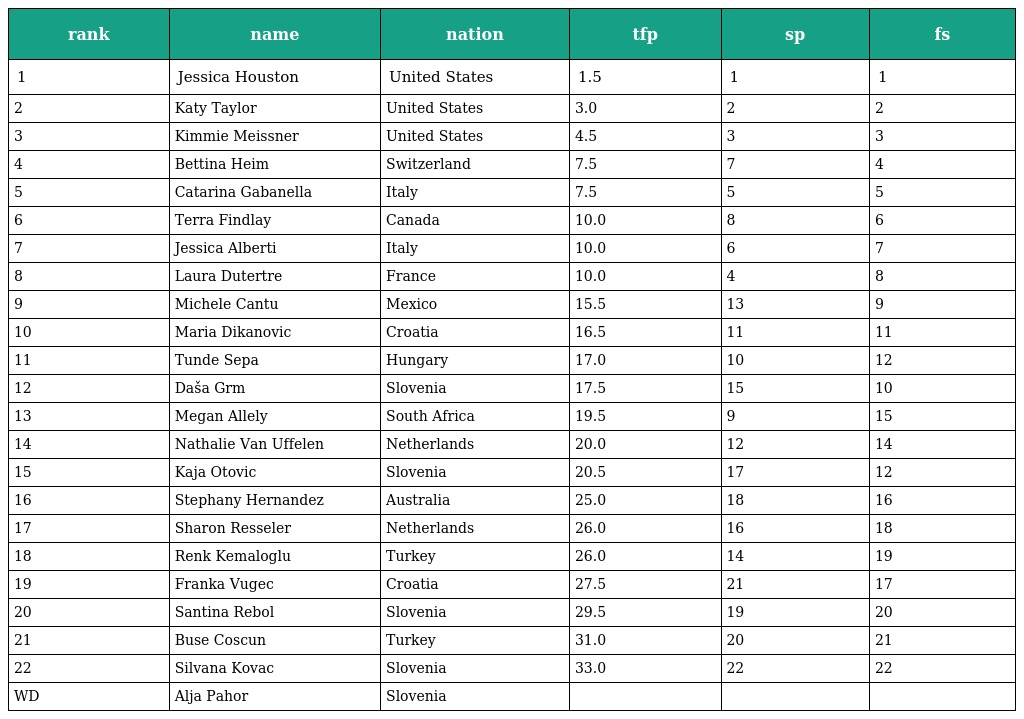
| rank | name | nation | tfp | sp | fs |
 | --- | --- | --- | --- | --- | --- |
 | 1 | Jessica Houston | United States | 1.5 | 1 | 1 |
 | 2 | Katy Taylor | United States | 3.0 | 2 | 2 |
 | 3 | Kimmie Meissner | United States | 4.5 | 3 | 3 |
 | 4 | Bettina Heim | Switzerland | 7.5 | 7 | 4 |
 | 5 | Catarina Gabanella | Italy | 7.5 | 5 | 5 |
 | 6 | Terra Findlay | Canada | 10.0 | 8 | 6 |
 | 7 | Jessica Alberti | Italy | 10.0 | 6 | 7 |
 | 8 | Laura Dutertre | France | 10.0 | 4 | 8 |
 | 9 | Michele Cantu | Mexico | 15.5 | 13 | 9 |
 | 10 | Maria Dikanovic | Croatia | 16.5 | 11 | 11 |
 | 11 | Tunde Sepa | Hungary | 17.0 | 10 | 12 |
 | 12 | Daša Grm | Slovenia | 17.5 | 15 | 10 |
 | 13 | Megan Allely | South Africa | 19.5 | 9 | 15 |
 | 14 | Nathalie Van Uffelen | Netherlands | 20.0 | 12 | 14 |
 | 15 | Kaja Otovic | Slovenia | 20.5 | 17 | 12 |
 | 16 | Stephany Hernandez | Australia | 25.0 | 18 | 16 |
 | 17 | Sharon Resseler | Netherlands | 26.0 | 16 | 18 |
 | 18 | Renk Kemaloglu | Turkey | 26.0 | 14 | 19 |
 | 19 | Franka Vugec | Croatia | 27.5 | 21 | 17 |
 | 20 | Santina Rebol | Slovenia | 29.5 | 19 | 20 |
 | 21 | Buse Coscun | Turkey | 31.0 | 20 | 21 |
 | 22 | Silvana Kovac | Slovenia | 33.0 | 22 | 22 |
 | WD | Alja Pahor | Slovenia |  |  |  |